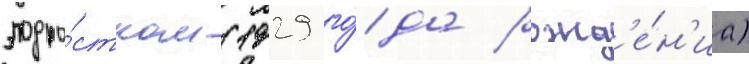
подро́стком (1929 го́да рожд'е́н'иа)